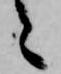
之